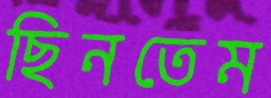
ছিনতেম